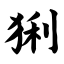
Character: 猁